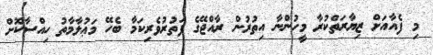
މި ފެއާއަށް ޒިޔާރަތްކުރާ މީހުންނާ އިތުރުން ރާއްޖޭގެ ފަތުރުވެރިކަމާ ބެހޭ މަޢުލާމާތު ހިއްސާކޮށް